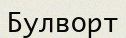
Булворт